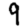
Digit: 9